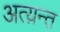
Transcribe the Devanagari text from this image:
अत्य़न्त